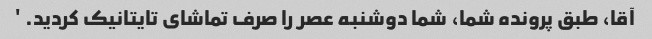
آقا، طبق پرونده شما، شما دوشنبه عصر را صرف تماشای تایتانیک کردید. '